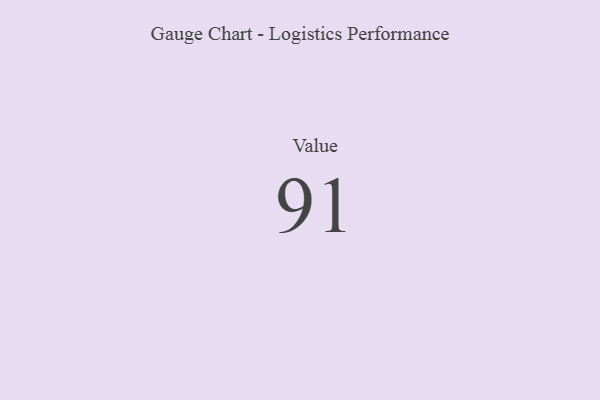
{"axis": {"x": "Metric", "y": "Value"}, "legend": [""], "data": [{"x": "Value", "y": 91, "type": ""}]}